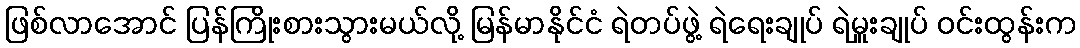
ဖြစ်လာအောင် ပြန်ကြိုးစားသွားမယ်လို့ မြန်မာနိုင်ငံ ရဲတပ်ဖွဲ့ ရဲရေးချုပ် ရဲမှူးချုပ် ဝင်းထွန်းက